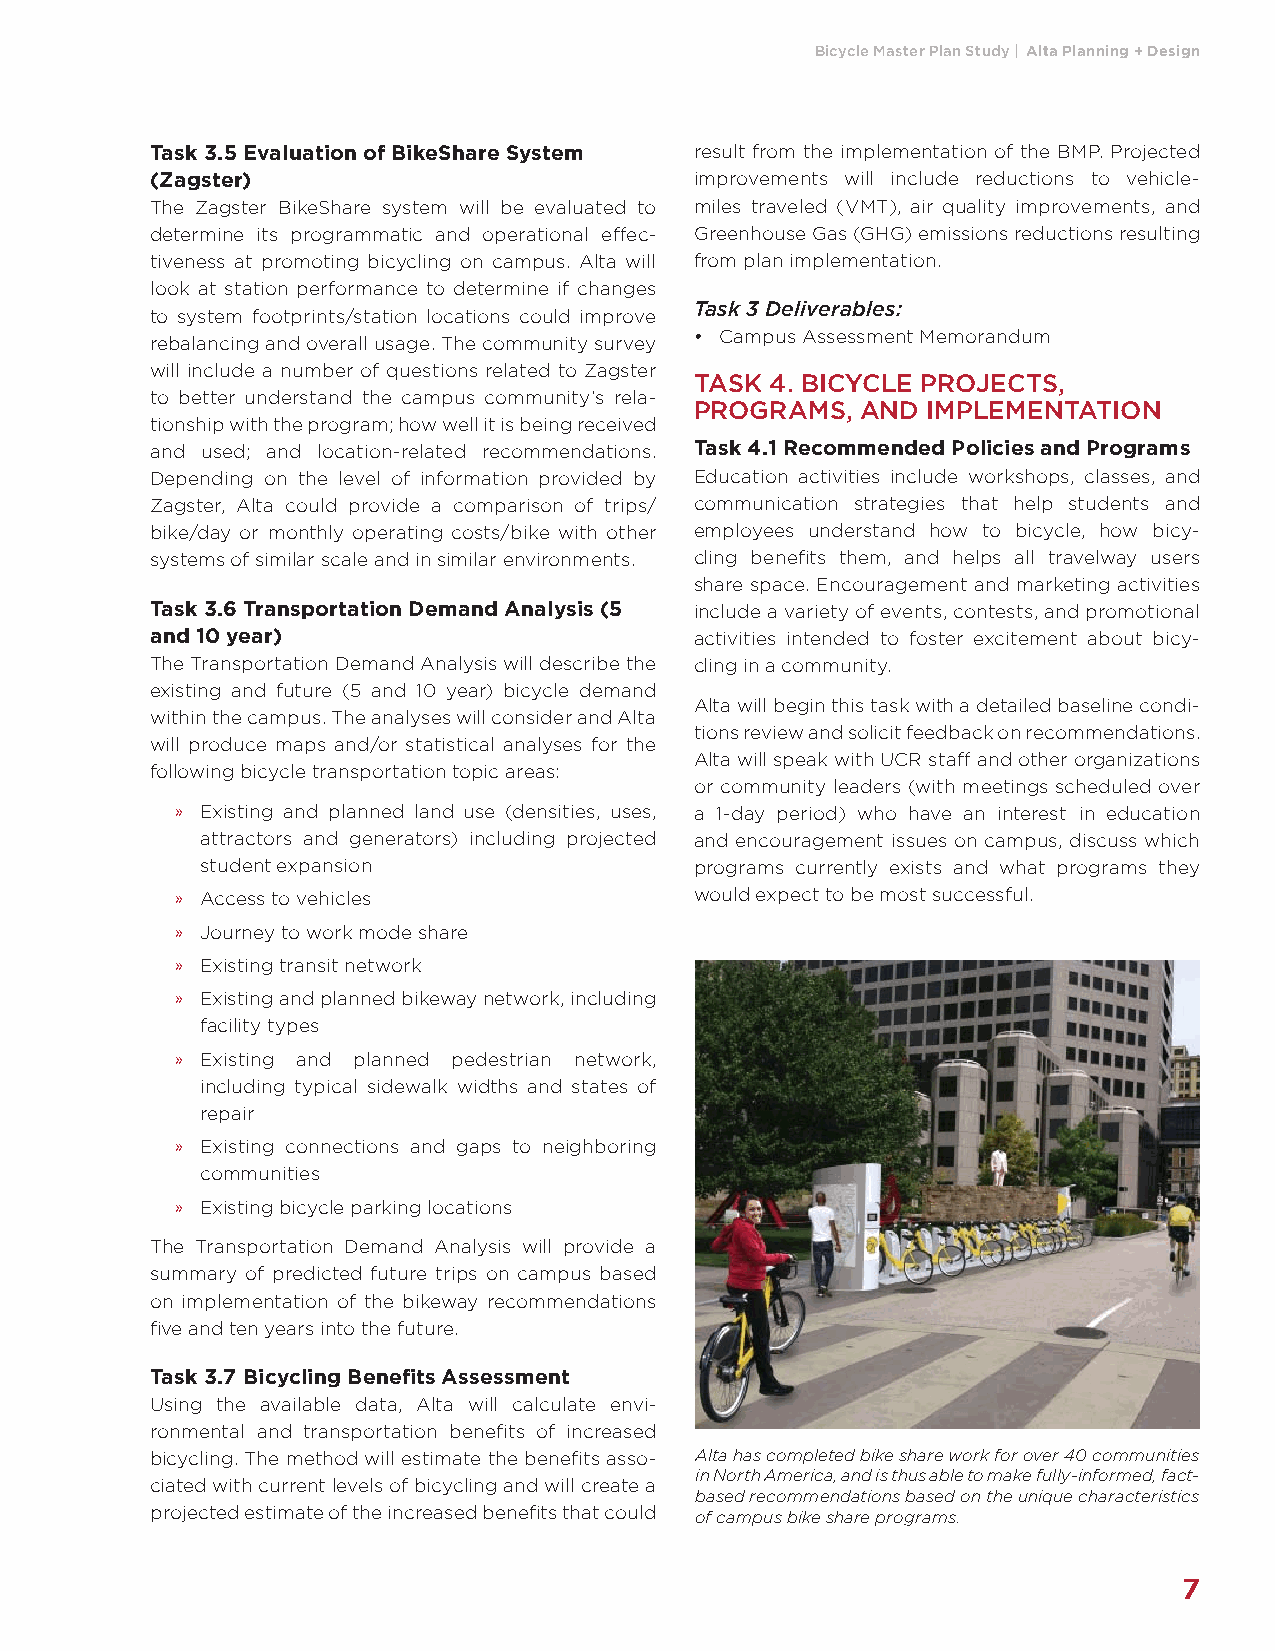
Bicycle Master Plan Study | Alta Planning + Design
 Task 3.5 Evaluation of BikeShare System result from the implementation of the BMP. Projected
 (Zagster)                           improvements will include reductions to vehicle-
 The Zagster BikeShare system will be evaluated to miles traveled (VMT), air quality improvements, and
 determine its programmatic and operational eff ec- Greenhouse Gas (GHG) emissions reductions resulting
 tiveness at promoting bicycling on campus. Alta will from plan implementation.
 look at station performance to determine if changes
 Task 3 Deliverables:
 to system footprints/station locations could improve
 • Campus Assessment Memorandum
 rebalancing and overall usage. The community survey
 will include a number of questions related to Zagster
 TASK 4. BICYCLE PROJECTS,
 to better understand the campus community’s rela-
 PROGRAMS,  AND IMPLEMENTATION
 tionship with the program; how well it is being received
 and used; and location-related recommendations. Task 4.1 Recommended Policies and Programs
 Depending on the level of information provided by Education activities include workshops, classes, and
 Zagster, Alta could provide a comparison of trips/ communication strategies that help students and
 bike/day or monthly operating costs/bike with other employees understand how to bicycle, how bicy-
 systems of similar scale and in similar environments. cling benefi ts them, and helps all travelway users
 share space. Encouragement and marketing activities
 Task 3.6 Transportation Demand Analysis (5 include a variety of events, contests, and promotional
 and 10 year)                        activities intended to foster excitement about bicy-
 The Transportation Demand Analysis will describe the cling in a community.
 existing and future (5 and 10 year) bicycle demand
 Alta will begin this task with a detailed baseline condi-
 within the campus. The analyses will consider and Alta
 tions review and solicit feedback on recommendations.
 will produce maps and/or statistical analyses for the
 Alta will speak with UCR staff and other organizations
 following bicycle transportation topic areas:
 or community leaders (with meetings scheduled over
 » Existing and planned land use (densities, uses, a 1-day period) who have an interest in education
 attractors and generators) including projected and encouragement issues on campus, discuss which
 student expansion                programs currently exists and what programs they
 » Access to vehicles              would expect to be most successful.
 » Journey to work mode share
 » Existing transit network
 » Existing and planned bikeway network, including
 facility types
 » Existing and planned pedestrian network,
 including typical sidewalk widths and states of
 repair
 » Existing connections and gaps to neighboring
 communities
 » Existing bicycle parking locations
 The Transportation Demand Analysis will provide a
 summary of predicted future trips on campus based
 on implementation of the bikeway recommendations
 fi ve and ten years into the future.
 Task 3.7 Bicycling Benefi ts Assessment
 Using the available data, Alta will calculate envi-
 ronmental and transportation benefi ts of increased
 bicycling. The method will estimate the benefi ts asso- Alta has completed bike share work for over 40 communities
 in North America, and is thus able to make fully-informed, fact-
 ciated with current levels of bicycling and will create a
 based recommendations based on the unique characteristics
 projected estimate of the increased benefi ts that could of campus bike share programs.
 7